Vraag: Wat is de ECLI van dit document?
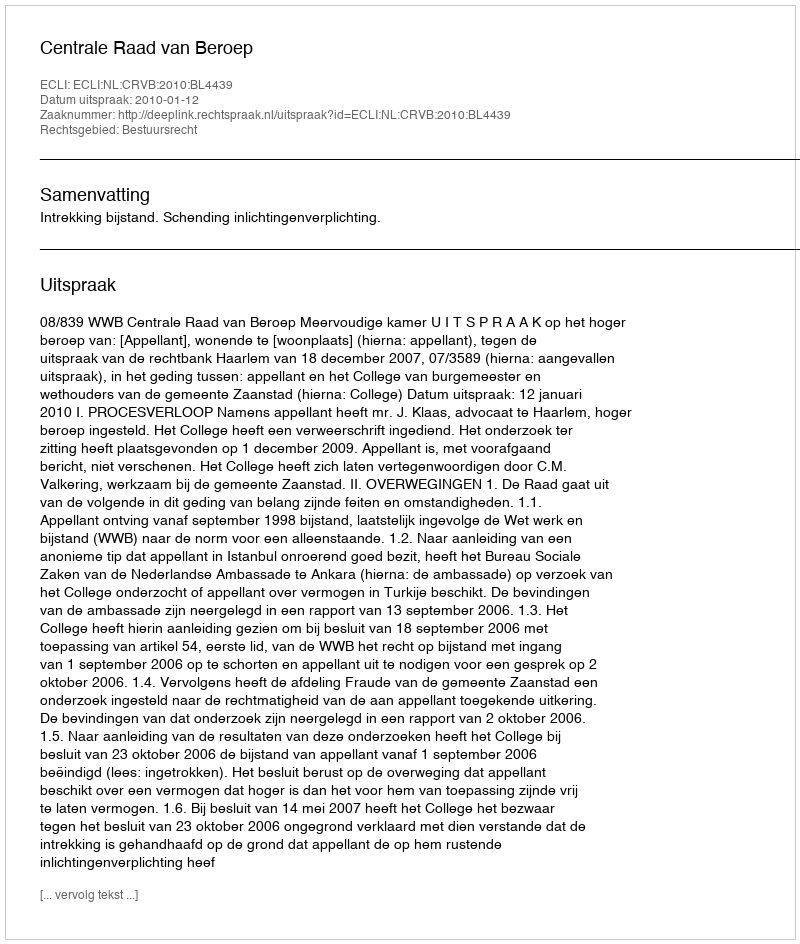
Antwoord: ECLI:NL:CRVB:2010:BL4439